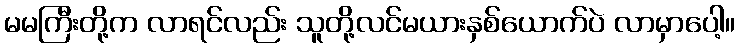
မမကြီးတို့က လာရင်လည်း သူတို့လင်မယားနှစ်ယောက်ပဲ လာမှာပေါ့။